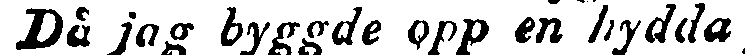
Då jag byggde opp en hydda.